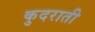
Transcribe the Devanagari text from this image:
कुदराती